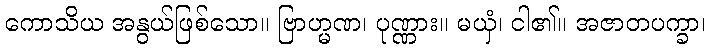
ကောသိယ အနွယ်ဖြစ်သော။ ဗြာဟ္မဏ၊ ပုဏ္ဏား။ မယှံ၊ ငါ၏။ အဇာတပက္ခာ၊